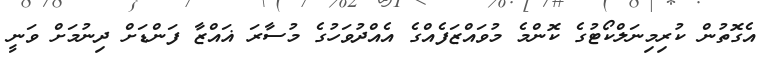
އެގޮތުން ކުރިމިނަލްކޯޓުގެ ކޮންމެ މުވައްޒަފެއްގެ އެއްދުވަހުގެ މުސާރަ ޣައްޒާ ފަންޑަށް ދިނުމަށް ވަނީ